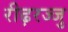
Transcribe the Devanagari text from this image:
रीढ़रज्जु